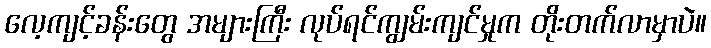
လေ့ကျင့်ခန်းတွေ အများကြီး လုပ်ရင်ကျွမ်းကျင်မှုက တိုးတက်လာမှာပဲ။